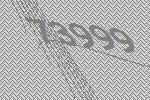
73999